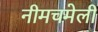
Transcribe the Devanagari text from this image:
नीमचमेली